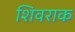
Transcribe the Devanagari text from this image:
शिवराक